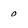
Character: 0